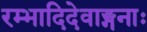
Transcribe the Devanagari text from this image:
रम्भादिदेवाङ्गनाः